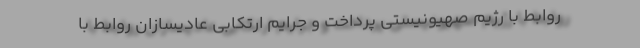
روابط با رژیم صهیونیستی پرداخت و جرایم ارتکابی عادیسازان روابط با